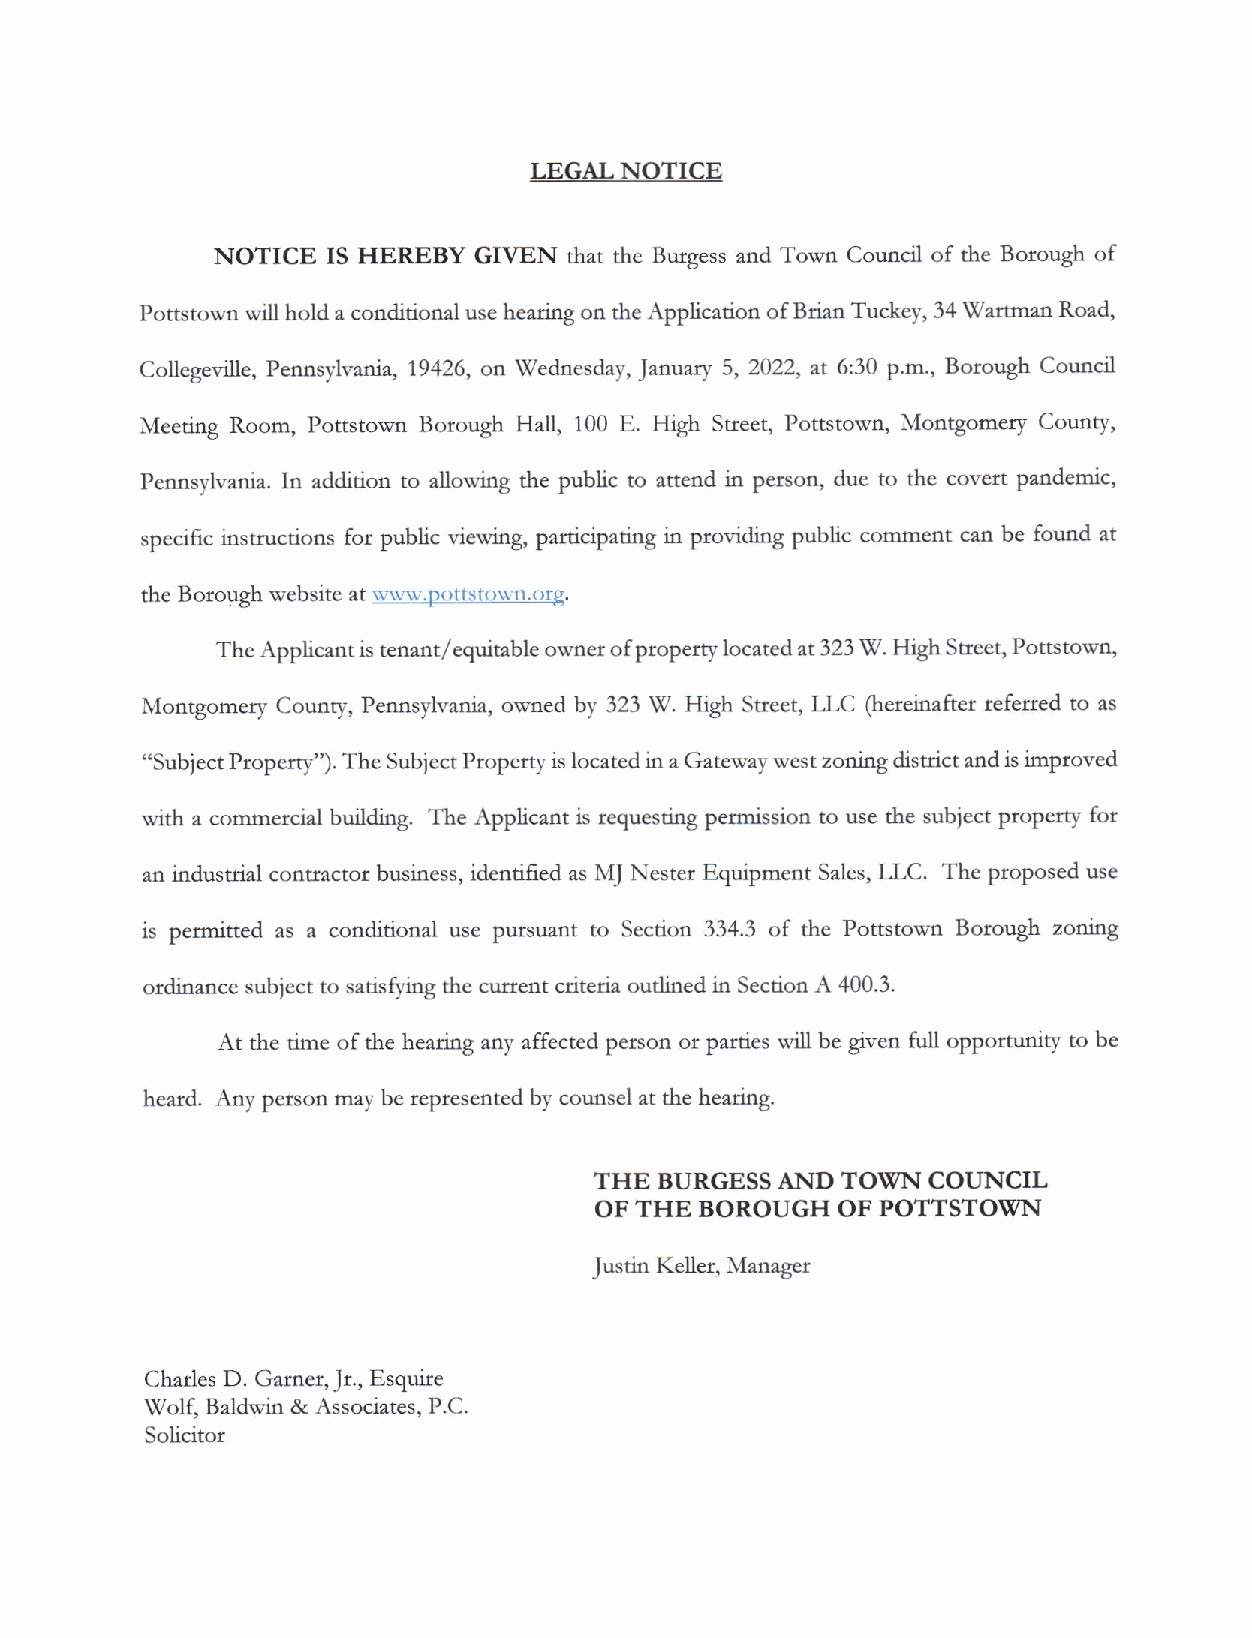
LEGALNOTICE
 NOTICE  IS HEREBY GMN   that the Butgess and Town Council of the Borough of
 Potstown will hold a conditional use hearing on the Application of Brian Tuckey,34 Wartman Road,
 Collegeville, Pennsylvania, 79426, ot Wednesday, January 5, 2022, at 6:30 p.m., Borough Council
 Meeting Room, Pottstown Botough Ha[ 100 E. High Street, Pottstown, Montgomery County,
 Pennsylvania. In addition to allowing the public to attend in person, due to the covert pandemic,
 specific instnrctions for public viewing, panicipating in providing public comment can be found at
 the Borough website at w\ r'.pottst( )$'n.org.
 The Applicant is tenant/equitable ovmer of property located at 323 V. High Sreet, Pottstown,
 Montgomery County, Pennsylvania, owned by 323 \7. High Street, LLC (hereinafter referred to as
 "subiect Property'). The Subject Ptoperty is located in a Gateway west zoning district and is imptoved
 with a commercial building. The Applicant is tequesti''g pernission to use tle subfect ptoperty fot
 an industdal contractor business, identi-fied as MJ Nester Equipment Sales, TJ (1. The ptoposed use
 is permitted as a conditional use prusuant to Section 334.3 of the Pottstown Borough zoning
 otdinance subiect to satisfying the curtent cdteria oudined in Section A 400.3.
 At the time of the headng any affected petson or parties will be given full opportunity to be
 heatd. Any petson may be teptesented by counsel at &e headng.
 THE  BURGESS AND TOWN COTJNCIL
 OF THE BOROUGH  OF POTTSTOWN
 Keller, Manager
 Justin
 Chatles D. Gamer, Jt., Esquire
 ItrUolf, Baldwin & Associates, P.C.
 Solicitor